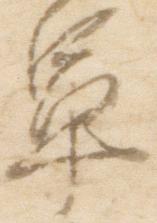
軍